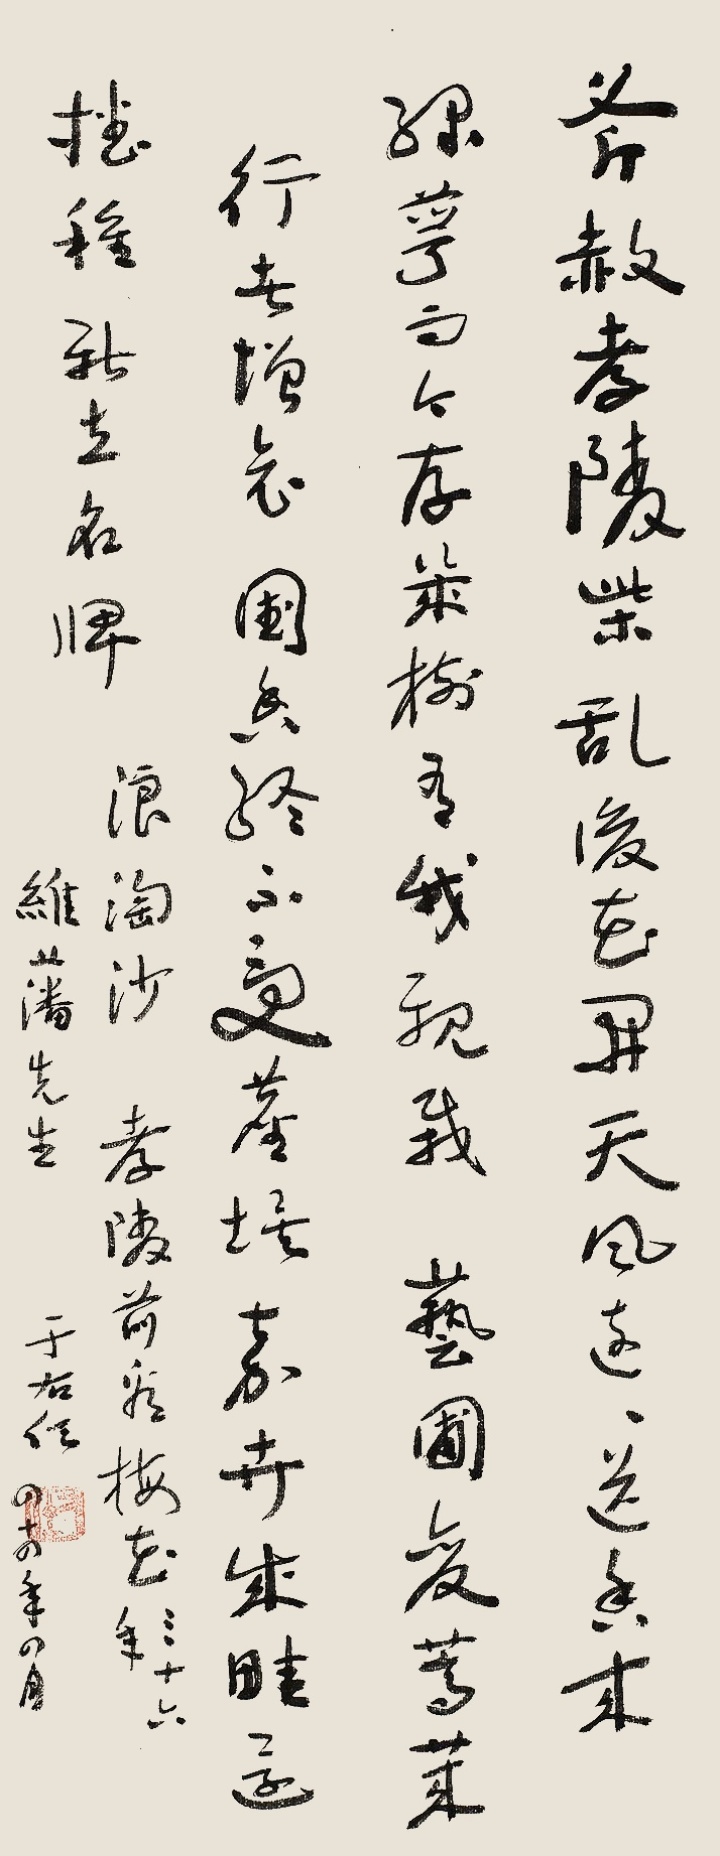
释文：斧赦孝陵柴，乱后梅开。天风远远送香来，绿萼而今存几树，有我亲栽。艺圃变蒿莱，行者增哀，国香终不受尘埃。嘉卉成畦还播种，新立名牌。浪淘沙·孝陵前看梅花，三十六年。维藩先生，于右任，四十四年四月。